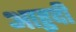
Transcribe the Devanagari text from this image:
आहुदी